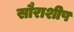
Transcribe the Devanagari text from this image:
सौराशीष